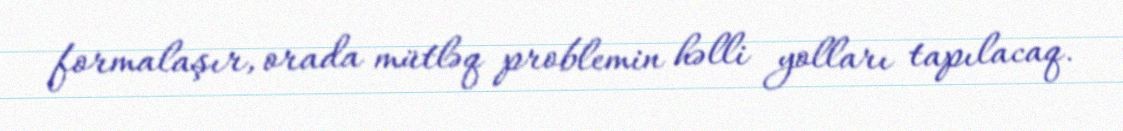
formalaşır, orada mütləq problemin həlli yolları tapılacaq.